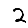
Digit: 2